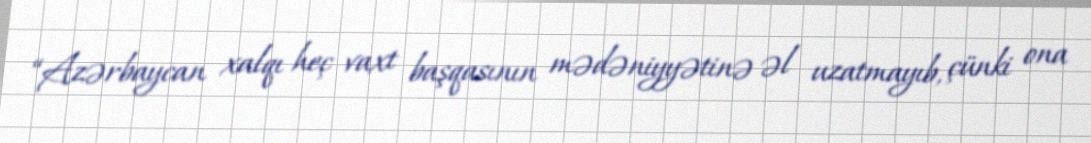
“Azərbaycan xalqı heç vaxt başqasının mədəniyyətinə əl uzatmayıb, çünki ona